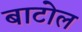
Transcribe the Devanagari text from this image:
बाटोल